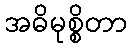
အဓိမုစ္စိတာ